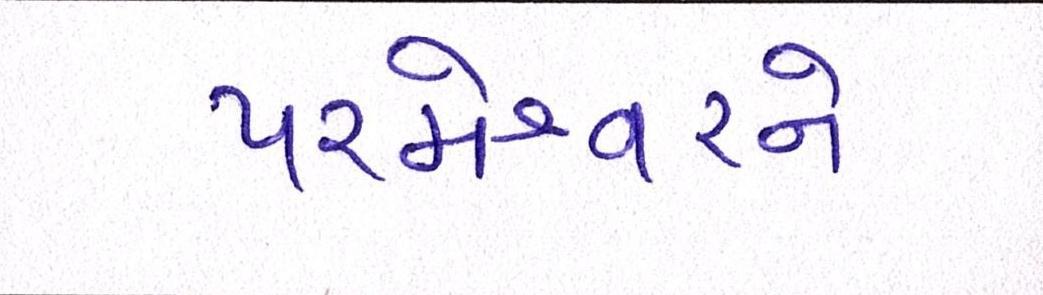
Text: પરમેશ્વરને